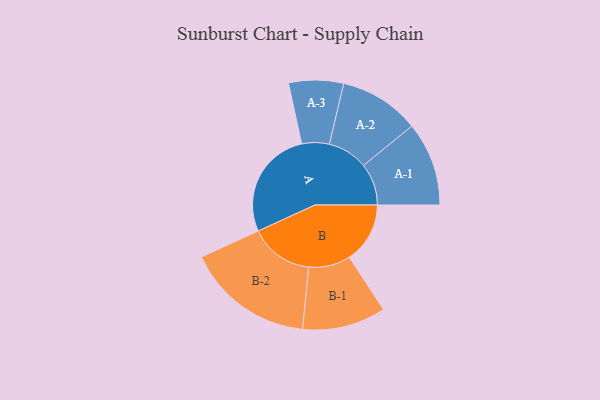
{"axis": {"x": "Segment", "y": "Value"}, "legend": ["", "A", "B"], "data": [{"x": "A", "y": 420, "type": ""}, {"x": "B", "y": 233, "type": ""}, {"x": "A-1", "y": 161, "type": "A"}, {"x": "A-2", "y": 154, "type": "A"}, {"x": "A-3", "y": 105, "type": "A"}, {"x": "B-1", "y": 160, "type": "B"}, {"x": "B-2", "y": 245, "type": "B"}]}